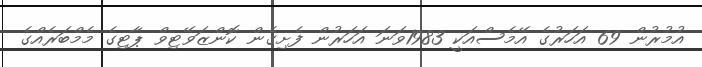
އުމުުރުން 69 އަހަރުގެ އޭމެސްއަކީ 1983ވަނަ އަހަރުން ފެށިގެން ކޮންޒަވޭޓިވް ޕާޓިގެ މެމްބަރެއްގެ